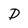
Character: p